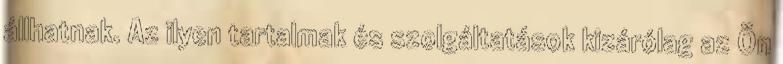
állhatnak. Az ilyen tartalmak és szolgáltatások kizárólag az Ön